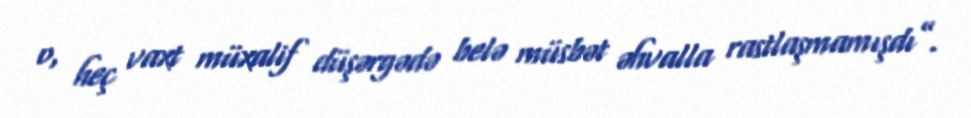
o, heç vaxt müxalif düşərgədə belə müsbət əhvalla rastlaşmamışdı”.